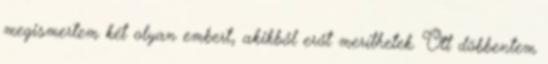
megismertem két olyan embert, akikből erőt meríthetek. Ott döbbentem